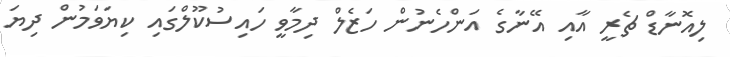
ލިއޮނާޑް ޗެރީ އާއި އޭނާގެ އަންހެނުން ހަޒެލް ދިމާވީ ހައިސުކޫލްގައި ކިޔަވަމުން ދިޔަ